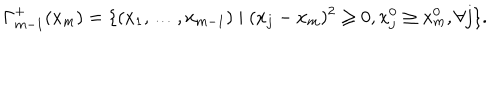
LaTeX: \Gamma _ { m - 1 } ^ { + } ( x _ { m } ) = \{ ( x _ { 1 } , \ldots , x _ { m - 1 } ) \mid ( x _ { j } - x _ { m } ) ^ { 2 } \ge 0 , x _ { j } ^ { 0 } \ge x _ { m } ^ { 0 } , \forall j \} .